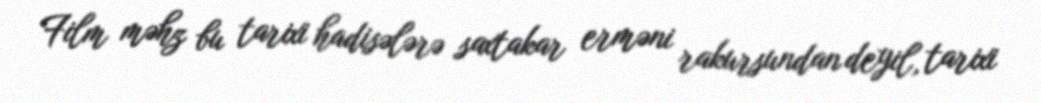
Film məhz bu tarixi hadisələrə saxtakar erməni rakursundan deyil, tarixi